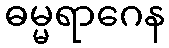
ဓမ္မရာဂေန